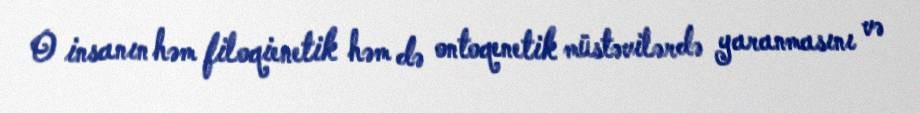
O insanın həm filoqienetik həm də ontoqenetik müstəvilərdə yaranmasını və